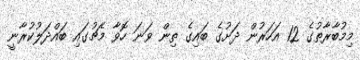
މިމުބާރާތުގެ 12 އަހަރުން ދަށުގެ ބައިގެ ތިން ވަނަ ހޮވާ މެޗުގައި ބައްދަލުކުރާނީ